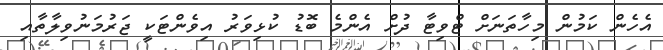
އެހެން ކަމުން މިހާތަނަށް ޓްވިޓާ ދުށް އެންމެ ބޮޑު ކުޅިވަރު އިވެންޓަކީ ޖަރުމަނުވިލާތާއި